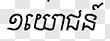
១យោជន៍